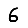
Digit: 6